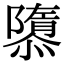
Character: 隳